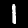
Label: 1